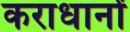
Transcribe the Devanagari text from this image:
कराधानों